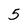
Character: 5